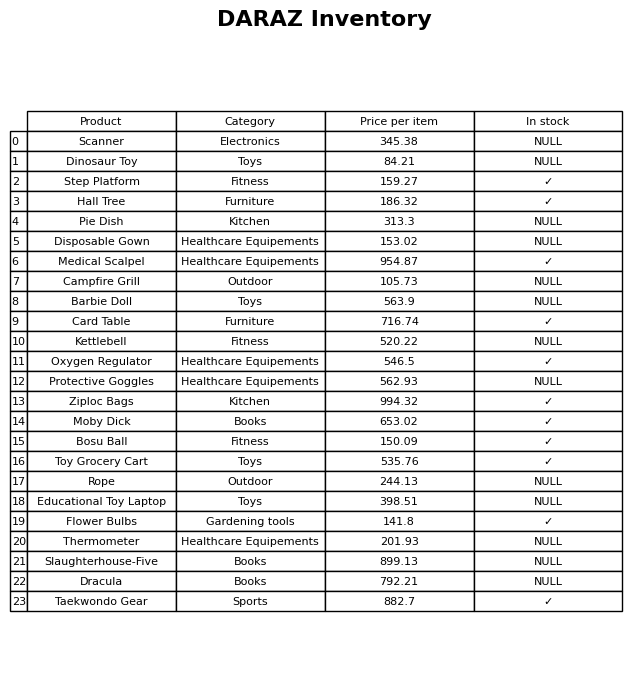
question: Is the Ziploc Bags in stock?
answer: ✓